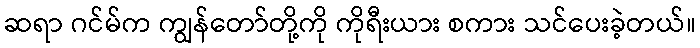
ဆရာ ဂင်မ်က ကျွန်တော်တို့ကို ကိုရီးယား စကား သင်ပေးခဲ့တယ်။